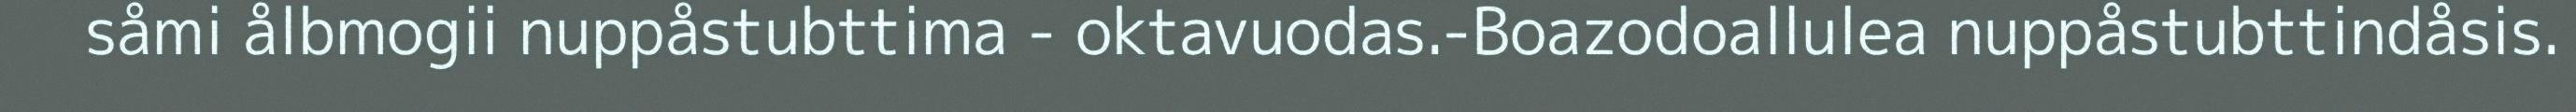
såmi ålbmogii nuppåstubttima - oktavuodas.-Boazodoallulea nuppåstubttindåsis.